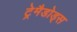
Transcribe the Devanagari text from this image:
ट्रेमैडोड्स